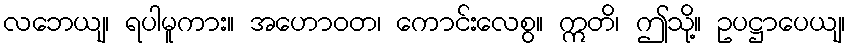
လဘေယျ၊ ရပါမူကား။ အဟောဝတ၊ ကောင်းလေစွ။ ဣတိ၊ ဤသို့။ ဥပဋ္ဌာပေယျ၊